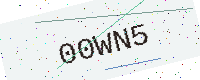
Text: 00WN5